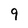
Character: 9